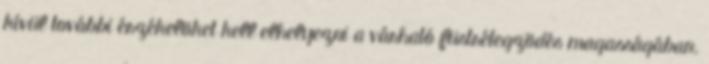
kívül további érzékelõket kell elhelyezni a várható füstrétegzõdés magasságában.